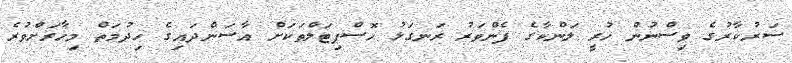
ސަރުކާރުގެ ވިސްނުން ހުރީ ލަންކާގެ ފެންވަރު ރަނގަޅު ހޮސްޕިޓަލްތަކަށް އާސަންދައިގެ ހިދުމަތް މިހާރަށްވުރެ